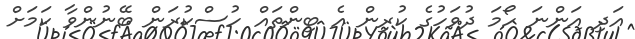
އަދި އަންނަ ހޯމަ ދުވަހުގެ ކުރިން އެ ބިންތައް ހުސްކުރަން ބޭނުންވާ ކަމަށް